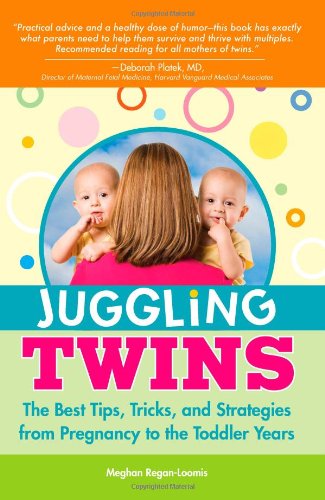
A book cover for Juggling Twins: The Best Tips, Tricks, and Strategies from Pregnancy to the Toddler Years; Meghan Regan-Loomis; Parenting & Relationships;